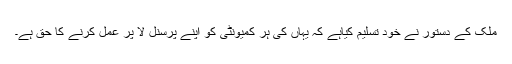
ملک کے دستور نے خود تسلیم کیاہے کہ یہاں کی ہر کمیونٹی کو اپنے پرسنل لا پر عمل کرنے کا حق ہے۔